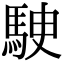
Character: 𩢶